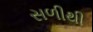
સળીથી